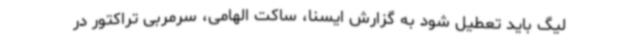
لیگ باید تعطیل شود به گزارش ایسنا، ساکت الهامی، سرمربی تراکتور در